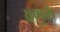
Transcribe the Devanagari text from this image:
अणुके